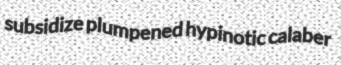
subsidize plumpened hypinotic calaber